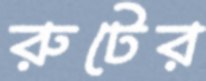
রুটের